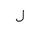
Letter: _lam